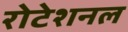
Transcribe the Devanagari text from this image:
रोटेशनल